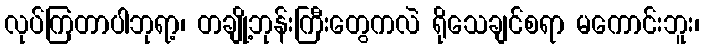
လုပ်ကြတာပါဘုရာ့၊ တချို့ဘုန်းကြီးတွေကလဲ ရိုသေချင်စရာ မကောင်းဘူး၊